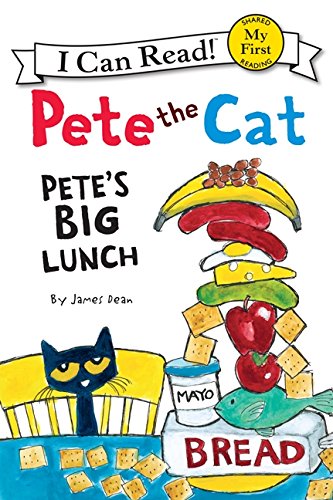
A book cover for Pete the Cat: Pete's Big Lunch (My First I Can Read); James Dean; Children's Books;